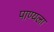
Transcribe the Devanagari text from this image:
पाण्यला